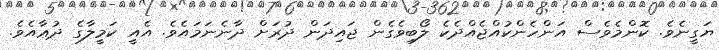
ޔަގީނެވެ. ކޮންމެވެސް އަންހެންކުއްޖެއްދެކެ ލޯބިވެގެން ޖައިދަން ދުރަށް ދާނެނަމައެވެ. އެއީ ކަމީލާގެ ދުޢާއެވެ.